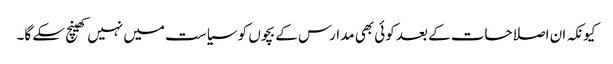
کیونکہ ان اصلاحات کے بعد کوئی بھی مدارس کے بچوں کو سیاست میں نہیں کھینچ سکے گا۔